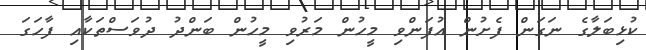
ކުޅިބަލާގެ ނަގަން ފެށުން އުފަންވި މީހުން މަރުވި މީހުން ބަންދު ދުވަސްތަކާއި ފާހަގަ